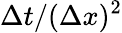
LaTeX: \Delta t/(\Delta x)^{2}